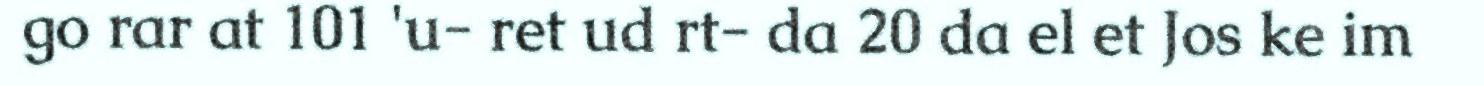
go rar at 101 'u- ret ud rt- da 20 da el et Jos ke im